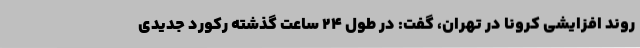
روند افزایشی کرونا در تهران، گفت: در طول ۲۴ ساعت گذشته رکورد جدیدی